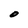
Character: O